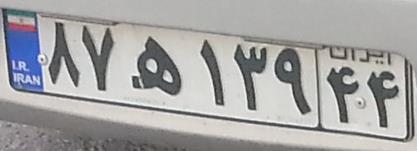
۸۷ه۱۳۹۴۴